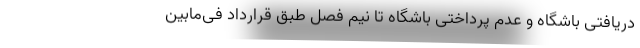
دریافتی باشگاه و عدم پرداختی باشگاه تا نیم فصل طبق قرارداد فی‌مابین